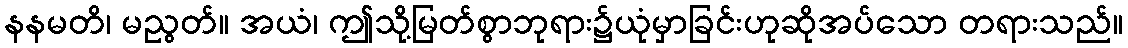
နနမတိ၊ မညွတ်။ အယံ၊ ဤသို့မြတ်စွာဘုရား၌ယုံမှာခြင်းဟုဆိုအပ်သော တရားသည်။